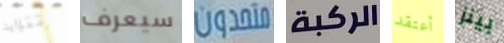
تتزايد سيعرف متحدون الركبة أعتقد بينز